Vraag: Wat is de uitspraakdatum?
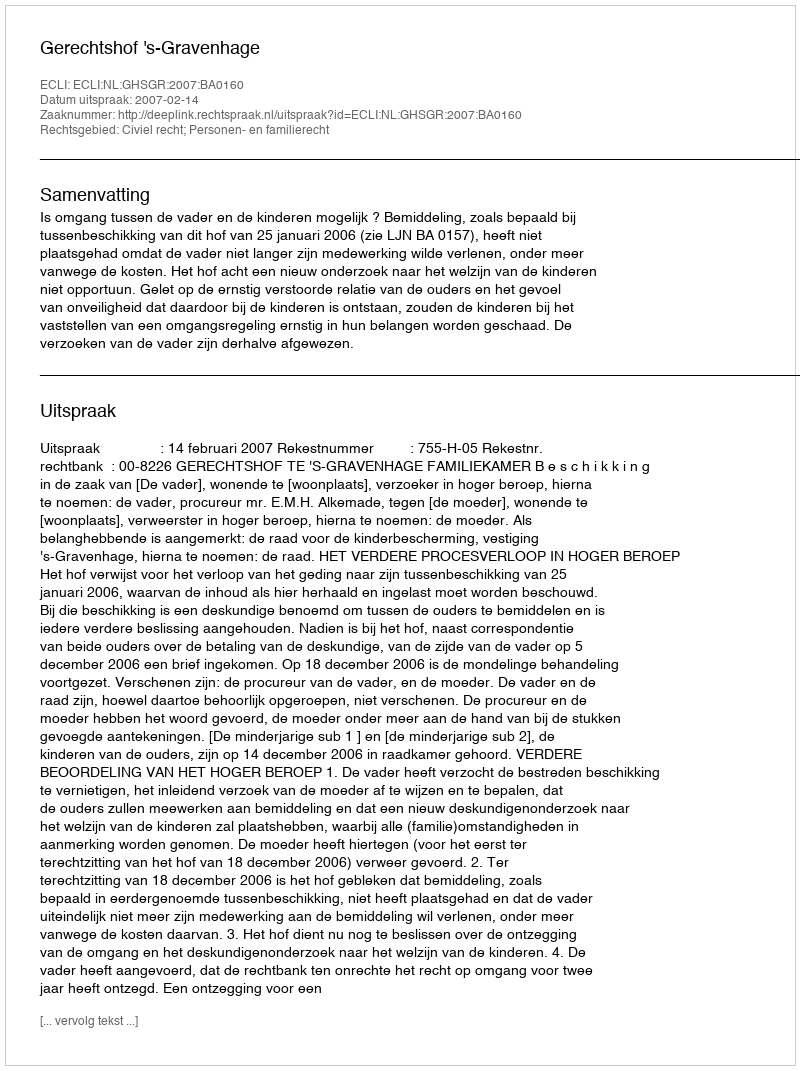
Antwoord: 2007-02-14